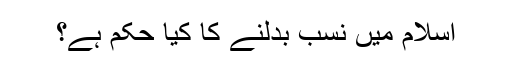
اسلام میں نسب بدلنے کا کیا حکم ہے؟